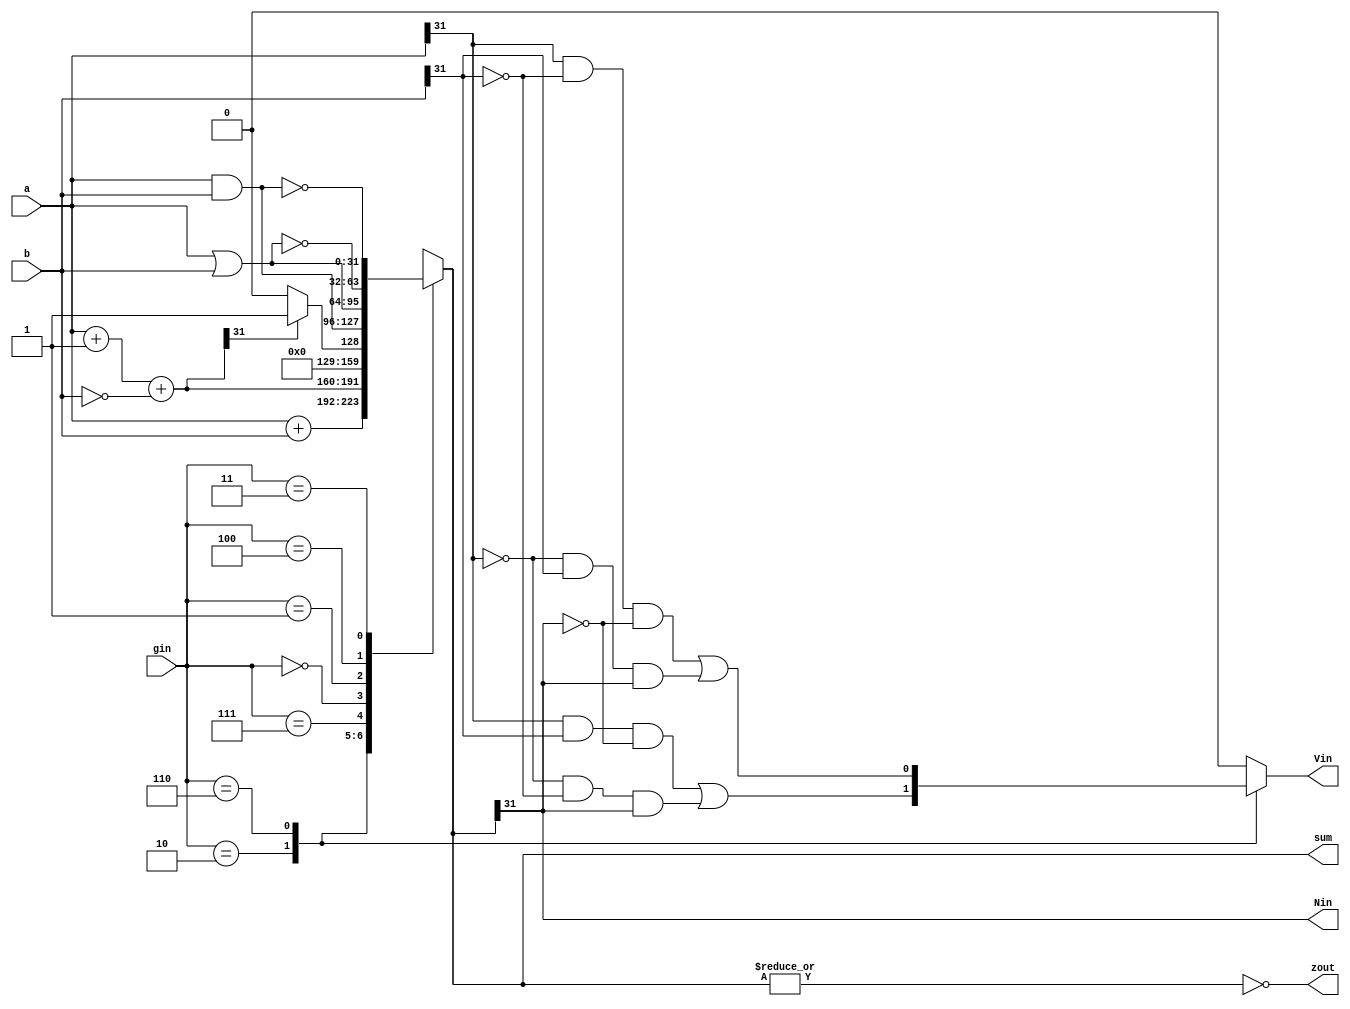
module alu32(sum, a, b, zout, gin, Nin, Vin);//ALU operation according to the ALU control line values
output [31:0] sum;
input [31:0] a,b; 
input [2:0] gin;//ALU control line

reg [31:0] sum;
reg [31:0] less;

output zout;
output Nin, Vin;

reg zout;
reg Nin, Vin;

always @(a or b or gin)
begin
	case(gin)
	3'b010: sum=a+b; 		//ALU control line=010, ADD
	3'b110: sum=a+1+(~b);	//ALU control line=110, SUB
	3'b111: begin less=a+1+(~b);	//ALU control line=111, set on less than
			if (less[31]) sum=1;	
			else sum=0;
		  end
	3'b000: sum=a & b;	//ALU control line=000, AND
	3'b001: sum=a|b;		//ALU control line=001, OR
	
	3'b100: sum = ~(a | b); // ALU control line = 100, NOR
        3'b011: sum = ~(a & b); // ALU control line = 011, NAND
	default: sum=31'bx;	
	endcase

	zout=~(|sum); // Zin
	Nin = sum[31]; // negative flag: 1 if result is negative

	// overflow detect
	case (gin)
      	3'b010: // ADD overflow detection
        	Vin = (a[31] & b[31] & ~sum[31]) | (~a[31] & ~b[31] & sum[31]);
      	3'b110: // SUB overflow detection
        	Vin = (a[31] & ~b[31] & ~sum[31]) | (~a[31] & b[31] & sum[31]);
      	default:
        	Vin = 0;
    	endcase

end
endmodule